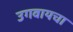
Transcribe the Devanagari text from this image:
उगवायचा